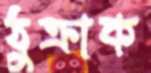
ঠুক্‌রাক